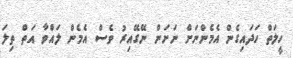
ހީލަތް ހަދައިގެން އެމެންނަށް ނަށަން ނޭގޭއިރު ވެސް އެމެން ލައްވާ އަތް ތިލަ